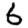
Digit: 6